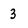
Character: 3